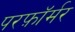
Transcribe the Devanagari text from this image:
परफ़ॉर्मर